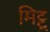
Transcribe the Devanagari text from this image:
मिट्टू